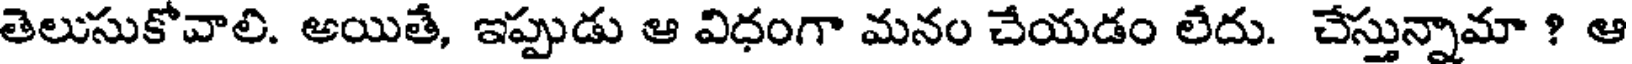
తెలుసుకోవాలి. అయితే, ఇప్పుడు ఆ విధంగా మనం చేయడం లేదు. చేస్తున్నామా ? ఆ